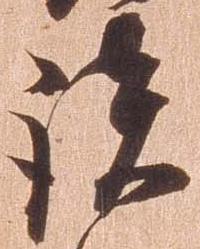
談